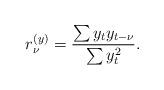
LaTeX: \begin{align*}r_\nu^{(y)}=\frac{\sum y_t y_{t-\nu}}{\sum y_t^2}.\end{align*}